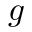
g